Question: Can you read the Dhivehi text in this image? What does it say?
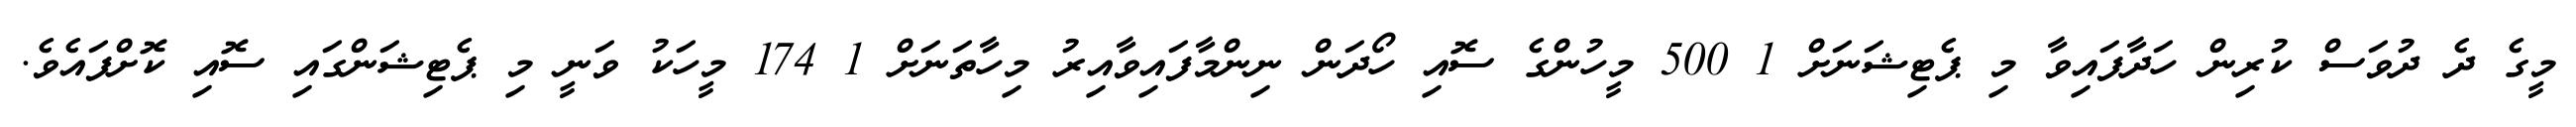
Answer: މީގެ ދެ ދުވަސް ކުރިން ހަދާފައިވާ މި ޕެޓިޝަނަށް 1 500 މީހުންގެ ސޮއި ހޯދަން ނިންމާފައިވާއިރު މިހާތަނަށް 1 174 މީހަކު ވަނީ މި ޕެޓިޝަންގައި ސޮއި ކޮށްފައެވެ.